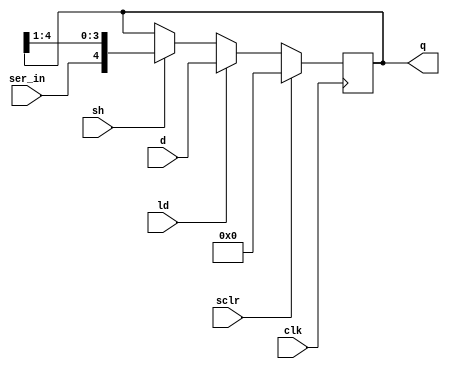
module shreg_5b (d, ser_in, sclr, ld, sh, clk, q);
  input [4:0] d;
  input ser_in, sclr, ld, sh, clk;
  output [4:0] q;
  reg [4:0] q;
  
  always @(posedge clk)
    if (sclr)
      q <= 5'b00000;
    else if (ld)
      q <= d;
    else if (sh)
      q <= {ser_in, q[4:1]};
        
endmodule